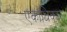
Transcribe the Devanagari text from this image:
एकाधिकार